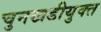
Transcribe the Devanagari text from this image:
चुनखडीयुक्त